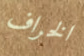
الخراف